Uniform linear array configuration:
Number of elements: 8
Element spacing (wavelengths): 0.25
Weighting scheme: uniform
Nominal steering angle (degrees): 30
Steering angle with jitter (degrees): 30.553
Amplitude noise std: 0.05
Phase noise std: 0.05

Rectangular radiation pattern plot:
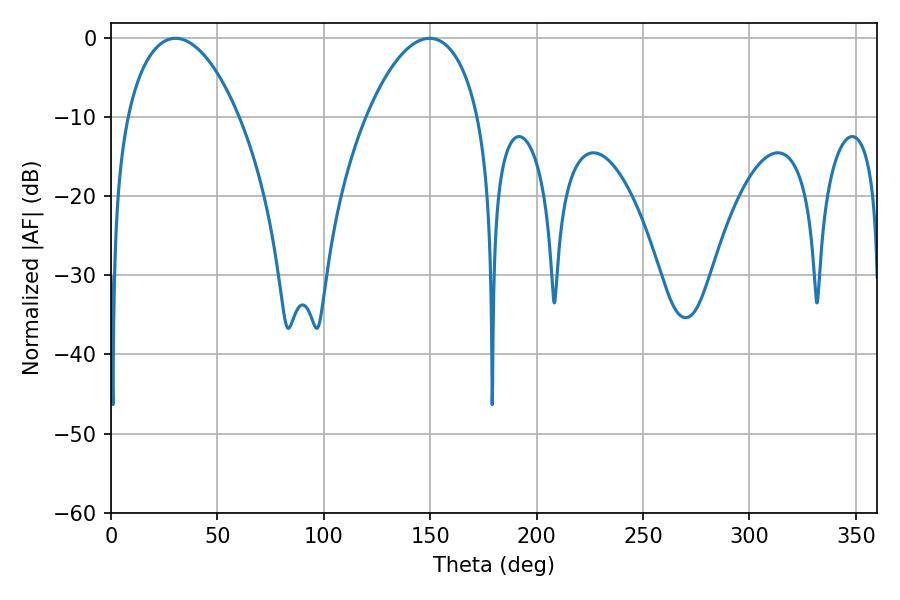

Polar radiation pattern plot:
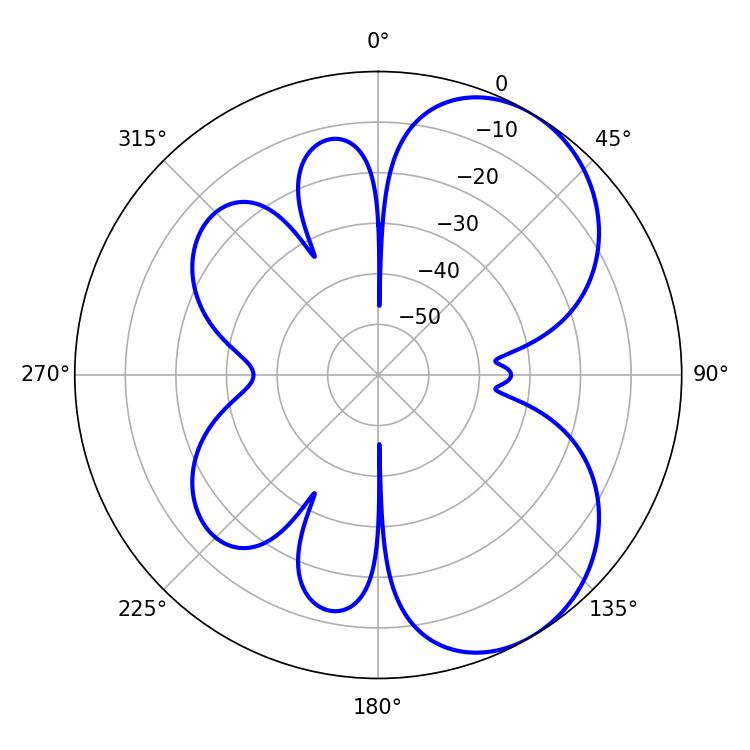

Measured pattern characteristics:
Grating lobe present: FALSE
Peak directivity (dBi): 5.652
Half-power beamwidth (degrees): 29.52
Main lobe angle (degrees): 149.76